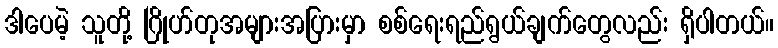
ဒါပေမဲ့ သူတို့ ဂြိုဟ်တုအများအပြားမှာ စစ်ရေးရည်ရွယ်ချက်တွေလည်း ရှိပါတယ်။